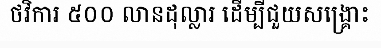
ថវិការ ៥០០ លានដុល្លារ ដើម្បីជួយសង្គ្រោះ